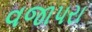
વજાપરા